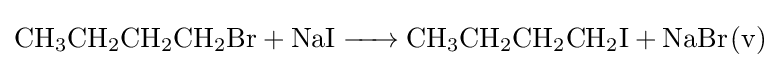
{\ce {CH3CH2CH2CH2Br + NaI -> CH3CH2CH2CH2I + NaBr(v)}}